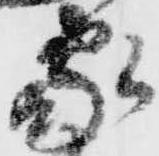
家